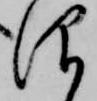
仰